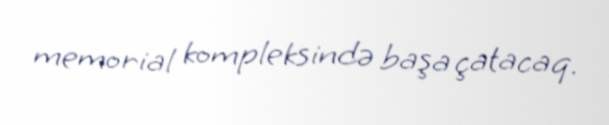
memorial kompleksində başa çatacaq.